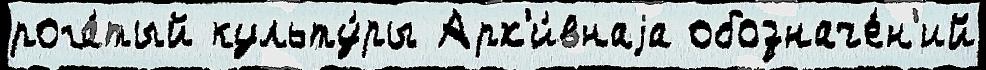
рога́тый культу́ры Арх'и́внаjа обозначе́н'ий